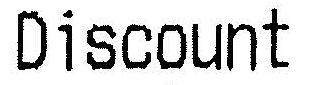
DISCOUNT